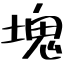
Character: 塊